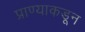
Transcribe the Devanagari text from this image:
प्राण्याकडून